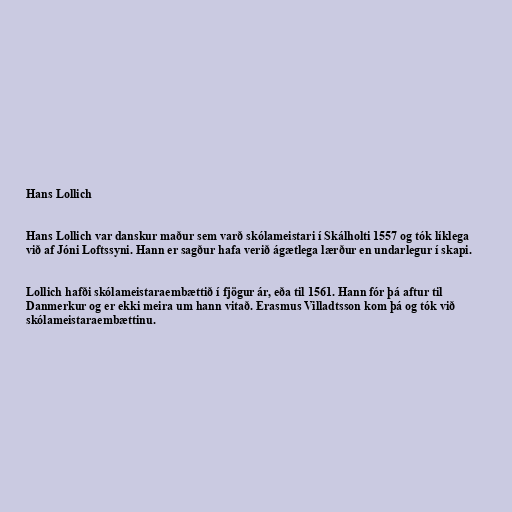
Hans Lollich

Hans Lollich var danskur maður sem varð skólameistari í Skálholti 1557 og tók líklega
við af Jóni Loftssyni. Hann er sagður hafa verið ágætlega lærður en undarlegur í skapi.

Lollich hafði skólameistaraembættið í fjögur ár, eða til 1561. Hann fór þá aftur til
Danmerkur og er ekki meira um hann vitað. Erasmus Villadtsson kom þá og tók við
skólameistaraembættinu.